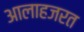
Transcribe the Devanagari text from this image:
आलाहजरत